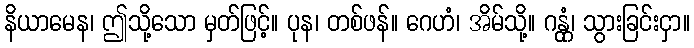
နိယာမေန၊ ဤသို့သော မှတ်ဖြင့်။ ပုန၊ တစ်ဖန်။ ဂေဟံ၊ အိမ်သို့။ ဂန္တုံ၊ သွားခြင်းငှာ။